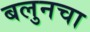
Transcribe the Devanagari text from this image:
बलुनचा